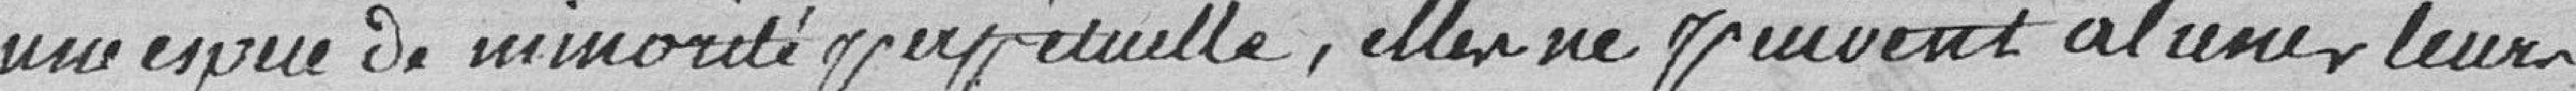
une espèce de minorité perpétuelle, elles ne peuvent aliéner leurs